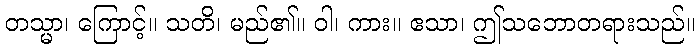
တသ္မာ၊ ကြောင့်။ သတိ၊ မည်၏။ ဝါ၊ ကား။ ဧသာ၊ ဤသဘောတရားသည်။